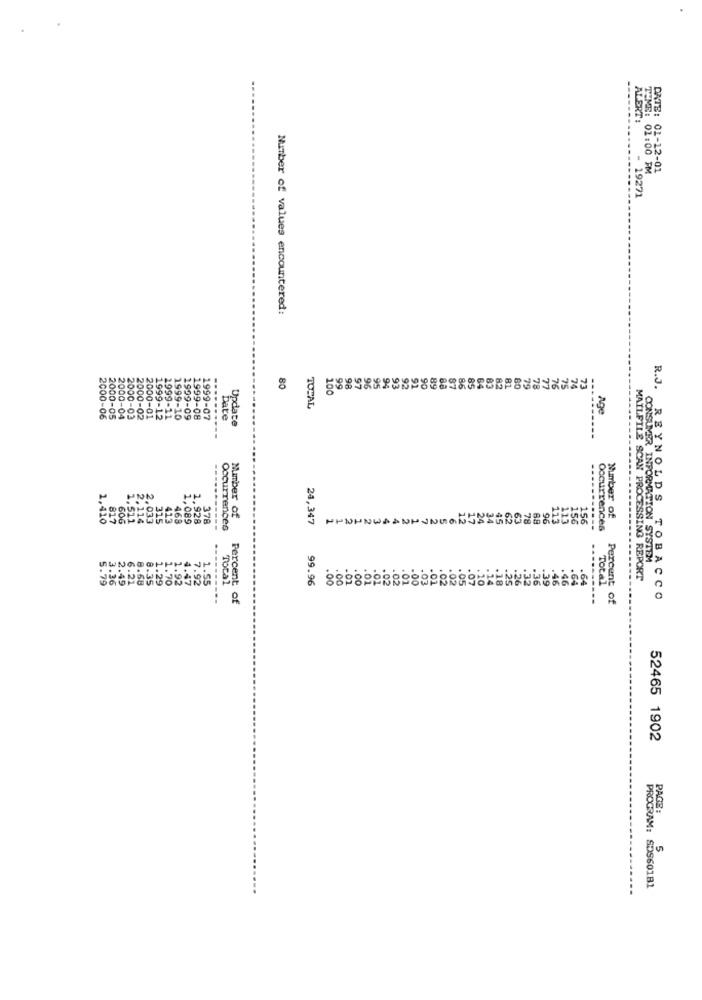
TIME:
DATE:
ALERT:
01:00 PM
19271
Number of values encountered:
80
100
99
1999-
TOPAL
Age
-06
000-05
2000-04
2000-03
2000-02
2000-01
1999-12
1999-10
1999-09
1999-08
1999-07
Date
Update
---
1,410
817
2.033
315
413
468
1.089
1.928
378
Number of
24,347
96
156
156
Number of
606
1,511
2.114
Occurrences
45
62
78
88
173
113
Occurrences
CONSUMER INFORMATION SYSTEM
5.79
1.35
7.92
99.96
Total
MAILFILE SCAN PROCESSING REPORT
36
2.49
5.21
8.68
.29
.70
1.92
Total
Percent
Percent of
R.J. REYNOLDS TOBACCO
52465 1902
PAGE :
5
PROGRAM: SDS60181